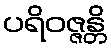
ပရိဝဇ္ဇန္တိ